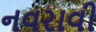
નવરાવી